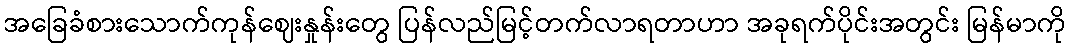
အခြေခံစားသောက်ကုန်ဈေးနှုန်းတွေ ပြန်လည်မြင့်တက်လာရတာဟာ အခုရက်ပိုင်းအတွင်း မြန်မာကို